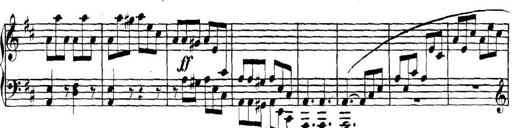
Title: Collected Piano Sonatas
Composer: Muzio Clementi